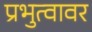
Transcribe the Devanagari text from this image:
प्रभुत्वावर